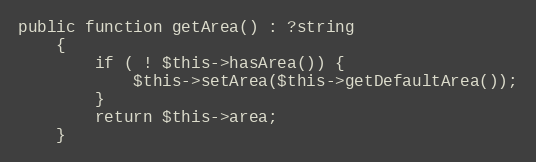
Language: PHP
public function getArea() : ?string
    {
        if ( ! $this->hasArea()) {
            $this->setArea($this->getDefaultArea());
        }
        return $this->area;
    }